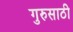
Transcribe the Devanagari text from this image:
गुरुसाठी